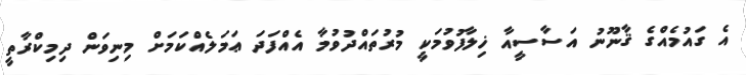
އެ ގައުމެއްގެ ޤާނޫނު އަސާސީއާ ޚިލާފުވުމަކީ މުރުތައްދުވުމާ އެއްފަދަ ޢަމަލެއްކަމަށް މިނިވަން ދިމިކްރާތީ